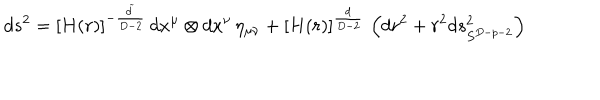
d s ^ { 2 } = \left[ H ( r ) \right] ^ { - \frac { \widetilde { d } } { D - 2 } } \, d x ^ { \mu } \otimes d x ^ { \nu } \, \eta _ { \mu \nu } + \left[ H ( r ) \right] ^ { \frac { d } { D - 2 } } \, \left( d r ^ { 2 } + r ^ { 2 } d s _ { S ^ { D - p - 2 } } ^ { 2 } \right)